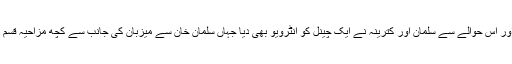
سلمان خان اور کترینہ کیف ان دنوں اپنی نئی آنے والی فلم کی تشہیر میں مصروف ہیں اور اس حوالے سے سلمان اور کترینہ نے ایک چینل کو انٹرویو بھی دیا جہاں سلمان خان سے میزبان کی جانب سے کچھ مزاحیہ قسم کے سوالات بھی کئے گئے جن کے دونوں اداکاروں نے دلچسپ انداز میں جواب دیئے۔